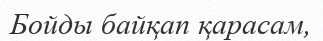
Бойды байқап қарасам,